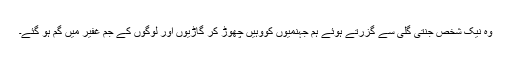
وہ نیک شخص جنتی گلی سے گزرتے ہوئے ہم جہنمیوں کووہیں چھوڑ کر گاڑیوں اور لوگوں کے جم غفیر میں گم ہو گئے۔